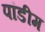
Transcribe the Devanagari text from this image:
पांडीम